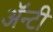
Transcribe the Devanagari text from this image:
ॲन्टी